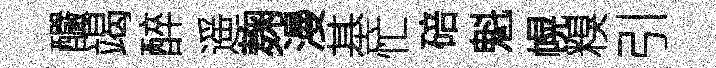
釅竭醉遥麹漫基忙碚魁幌糗引